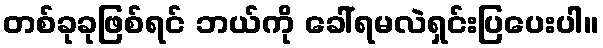
တစ်ခုခုဖြစ်ရင် ဘယ်ကို ခေါ်ရမလဲရှင်းပြပေးပါ။